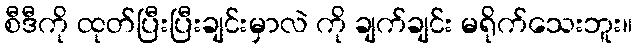
စီဒီကို ထုတ်ပြီးပြီးချင်းမှာလဲ ကို ချက်ချင်း မရိုက်သေးဘူး။